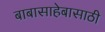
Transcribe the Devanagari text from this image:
बाबासाहेबासाठी